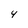
Character: 4